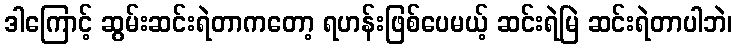
ဒါကြောင့် ဆွမ်းဆင်းရဲတာကတော့ ရဟန်းဖြစ်ပေမယ့် ဆင်းရဲမြဲ ဆင်းရဲတာပါဘဲ၊